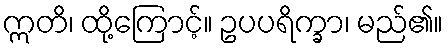
ဣတိ၊ ထို့ကြောင့်။ ဥပပရိက္ခာ၊ မည်၏။